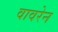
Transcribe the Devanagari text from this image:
वावरेन